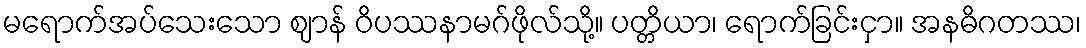
မရောက်အပ်သေးသော ဈာန် ဝိပဿနာမဂ်ဖိုလ်သို့။ ပတ္တိယာ၊ ရောက်ခြင်းငှာ။ အနဓိဂတဿ၊